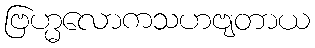
ဗြဟ္မလောကသဟဗျတာယ